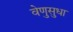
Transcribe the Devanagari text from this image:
वेणुसुधा